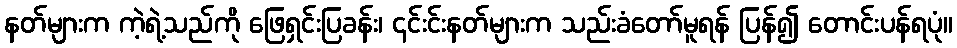
နတ်များက ကဲ့ရဲ့သည်ကို ဖြေရှင်းပြခန်း၊ ၎င်းင်းနတ်များက သည်းခံတော်မူရန် ပြန်၍ တောင်းပန်ရပုံ။